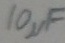
Text: 10µF